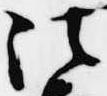
法